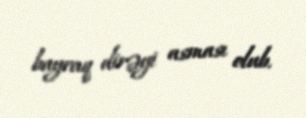
bayraq dirəyi asması olub.